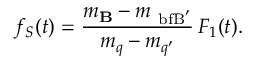
f _ { S } ( t ) = \frac { m _ { \mathrm { \bf B } } - m _ { \mathrm { \ b f B } ^ { \prime } } } { m _ { q } - m _ { q ^ { \prime } } } \, F _ { 1 } ( t ) .